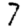
Digit: 7